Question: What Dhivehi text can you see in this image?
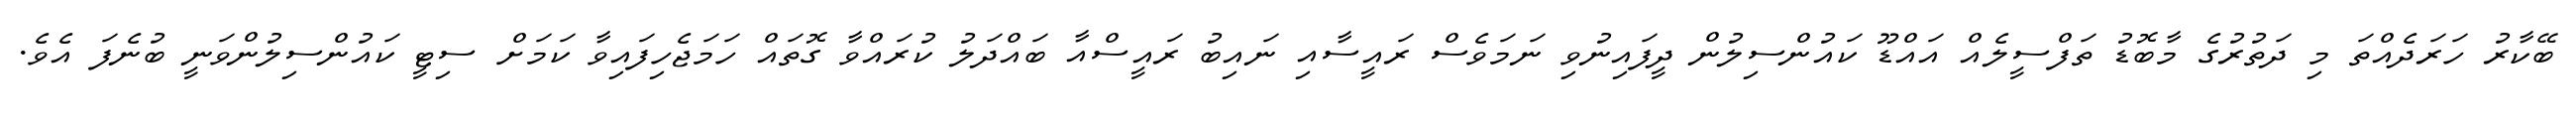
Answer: ބޭކާރު ހަރަދެއްތަ މި ދަތުރުގެ މާބޮޑު ތަފްސީލެއް އައްޑޫ ކައުންސިލުން ދީފައިނުވި ނަމަވެސް ރައީސާއި ނައިބު ރައީސްއާ ބައްދަލު ކުރައްވާ ގޮތައް ހަމަޖެހިފައިވާ ކަމަށް ސިޓީ ކައުންސިލުންވަނީ ބުނެފަ އެވެ.